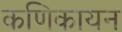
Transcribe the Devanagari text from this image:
कणिकायन